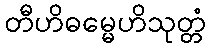
တီဟိဓမ္မေဟိသုတ္တံ